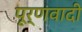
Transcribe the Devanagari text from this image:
पूर्णवादी